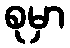
စုမှာ